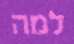
למה